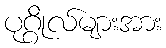
ပုဂ္ဂိုလ်များအား